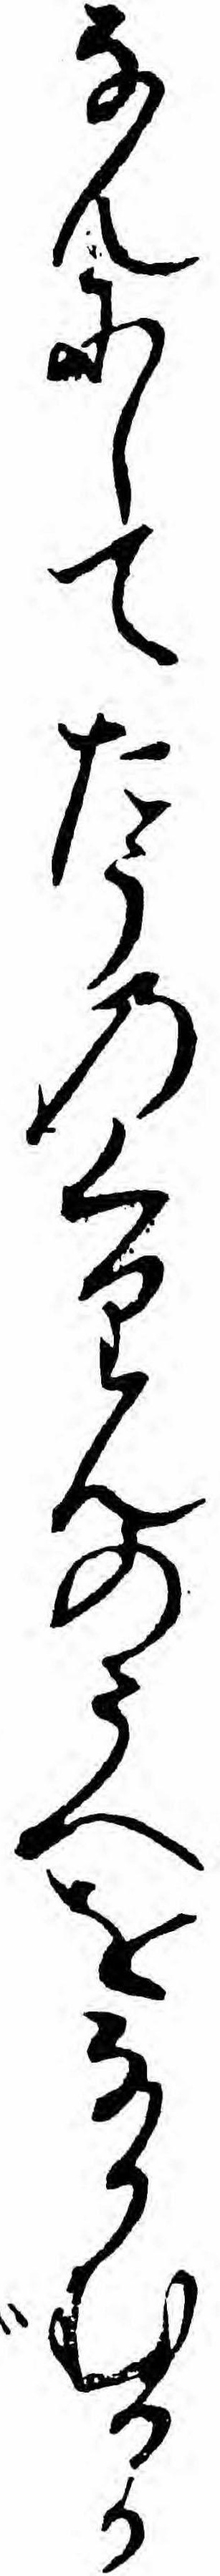
なんにしてたうのくりんのうへをなかむるか